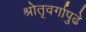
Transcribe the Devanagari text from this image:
श्रोतृवर्गापुढे